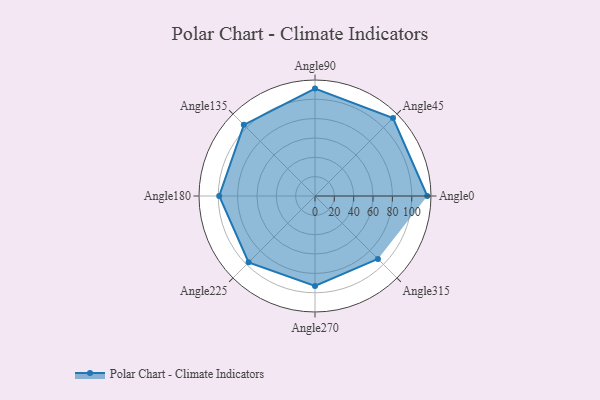
{"axis": {"x": "Angle", "y": "Radius"}, "legend": [""], "data": [{"x": "Angle0", "y": 116.0, "type": ""}, {"x": "Angle45", "y": 114.0, "type": ""}, {"x": "Angle90", "y": 111.0, "type": ""}, {"x": "Angle135", "y": 104.0, "type": ""}, {"x": "Angle180", "y": 99.0, "type": ""}, {"x": "Angle225", "y": 97.0, "type": ""}, {"x": "Angle270", "y": 93.0, "type": ""}, {"x": "Angle315", "y": 92.0, "type": ""}]}